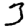
Digit: 3